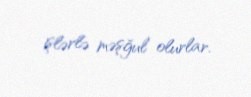
işlərlə məşğul olurlar.